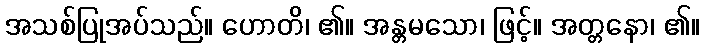
အသစ်ပြုအပ်သည်။ ဟောတိ၊ ၏။ အန္တမသော၊ ဖြင့်။ အတ္တနော၊ ၏။